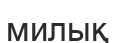
милық